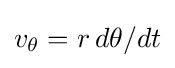
v_{\theta }=r\,d\theta /dt